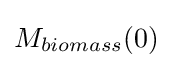
M_{biomass}(0)